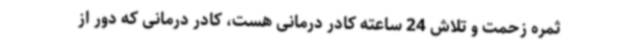
ثمره زحمت و تلاش 24 ساعته کادر درمانی هست، کادر درمانی که دور از